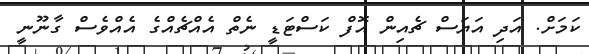
ކަމަށް. އަދި އަޔަސް ޗެއިން އޮފް ކަސްޓަޑީ ނެތް އެއްޗެއްގެ އެއްވެސް ގާނޫނީ